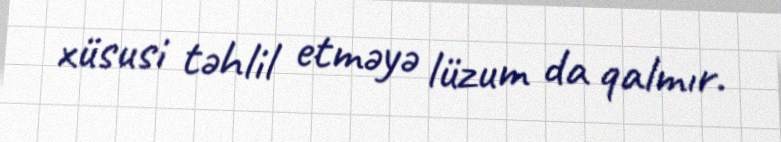
xüsusi təhlil etməyə lüzum da qalmır.